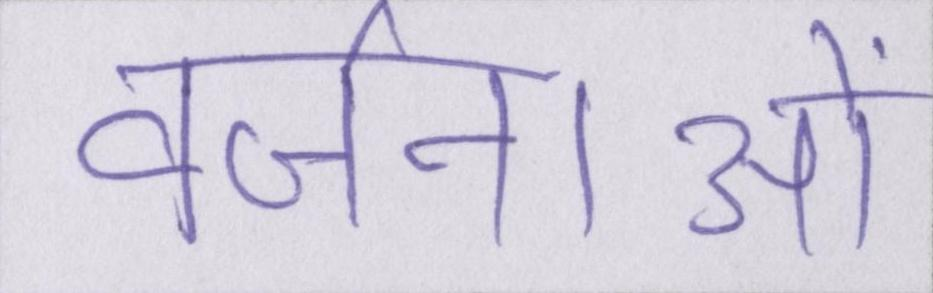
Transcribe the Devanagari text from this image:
वर्जनाओं